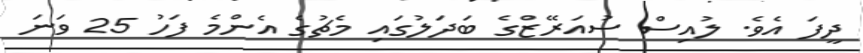
ދީފަ އެވެ. ލުއިސް ސުއަރޭޒްގެ ބަދަލުގައި މެޗުގެ އެންމެ ފަހު 25 ވަނަ